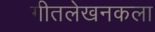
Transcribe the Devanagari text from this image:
गीतलेखनकला